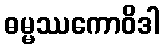
ဓမ္မဿကောဝိဒါ